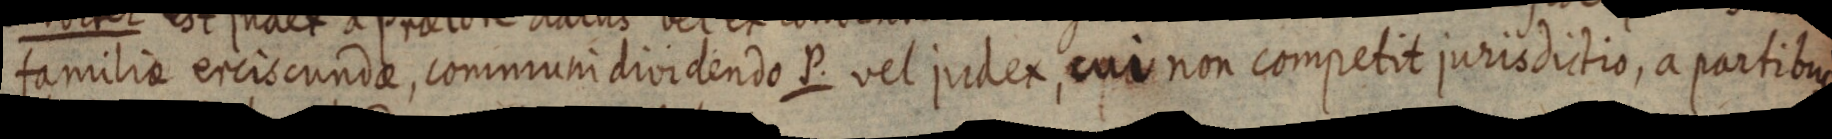
familiae ercis cundae, communi dividendo P. vel judex, cui non competit jurisdictio, a partibus